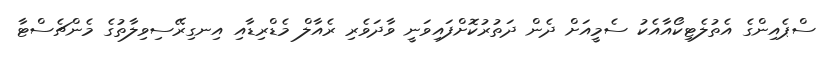
ސްޕެއިންގެ އެތުލެޓިކޯއާއެކު ސެމީއަށް ދެން ދަތުރުކޮށްފައިވަނީ ވާދަވެރި ރެއާލް މެޑްރިޑާއި އިނގިރޭސިވިލާތުގެ މެންޗެސްޓާ